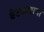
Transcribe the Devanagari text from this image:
बैठकखाना